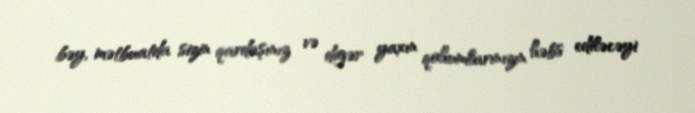
bəy, mətbuatda sizin qardaşınız və digər yaxın qohumlarınızın həbs ediləcəyi